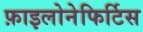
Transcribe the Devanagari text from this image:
फ़ाइलोनेफिर्टिस